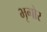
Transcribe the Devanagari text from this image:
भृगोर